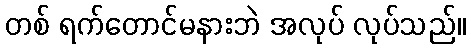
တစ် ရက်တောင်မနားဘဲ အလုပ် လုပ်သည်။